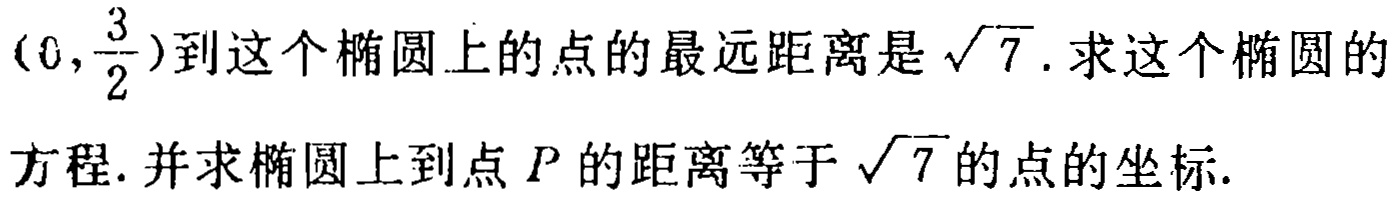
$(0,\frac{3}{2})$到这个椭圆上的点的最远距离是$\sqrt{7}$. 求这个椭圆的方程. 并求椭圆上到点$P$的距离等于$\sqrt{7}$的点的坐标.